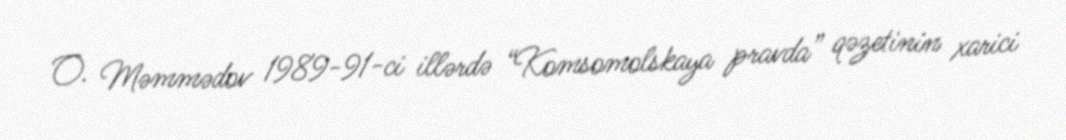
O. Məmmədov 1989-91-ci illərdə “Komsomolskaya pravda” qəzetinin xarici